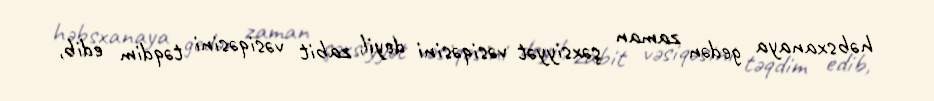
həbsxanaya gedən zaman şəxsiyyət vəsiqəsini deyil, zabit vəsiqəsini təqdim edib,